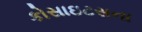
કોસાઇટસના